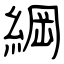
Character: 綱